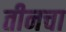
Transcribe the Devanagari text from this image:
तीनचा